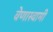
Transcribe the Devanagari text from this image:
वेणास्वामी